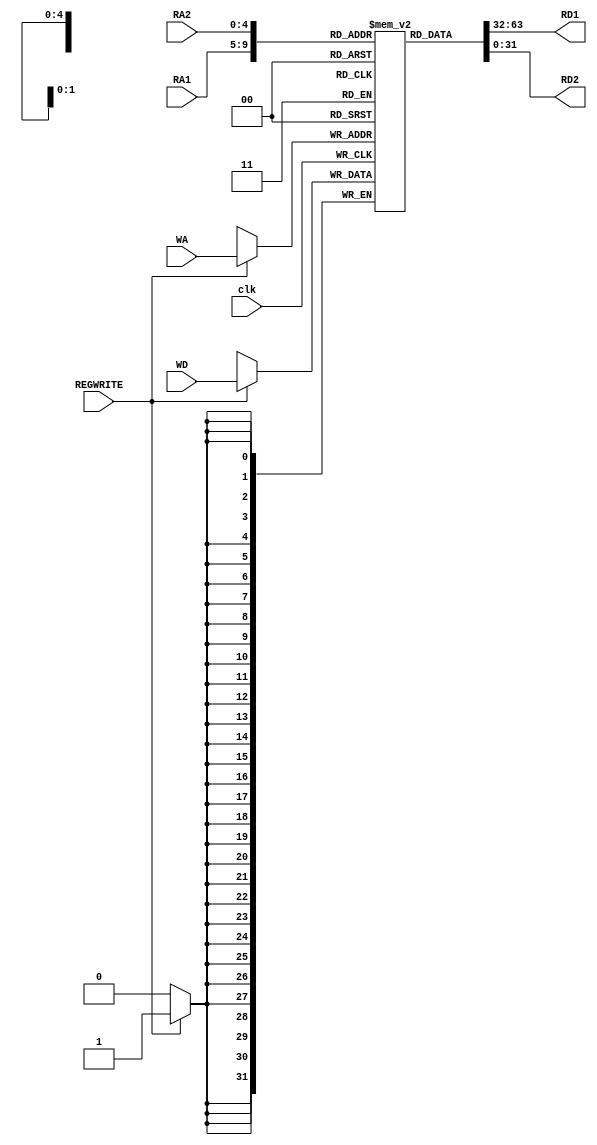
`timescale 1ns / 1ps

module RegistersBank(
    RA1,
    RA2,
    WA,
    WD,
    clk,
    REGWRITE,
    RD1,
    RD2
    );
    
    integer i;
    input [4:0] RA1;
    input [4:0] RA2;
    input [4:0] WA;
    input [31:0] WD;
    input REGWRITE;
    input clk;
    output wire [31:0] RD1;
    output wire [31:0] RD2;
    reg [31:0] registers [31:0];
    
    assign RD1 = registers[RA1];
    assign RD2 = registers[RA2];
    
    initial begin
        for (i = 0; i <= 31; i = i + 1) begin
            registers[i] = 0;
        end
    end
   
    always @(posedge clk) begin
        if (REGWRITE) begin // poate trebuie schimbat pe negedge
            registers[WA] <= WD;
        end
    end
endmodule